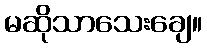
မဆိုသာသေးချေ။